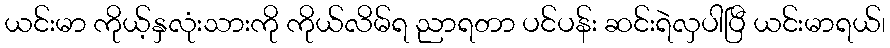
ယင်းမာ ကိုယ့်နှလုံးသားကို ကိုယ်လိမ်ရ ညာရတာ ပင်ပန်း ဆင်းရဲလှပါပြီ ယင်းမာရယ်၊